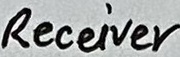
Text: Receiver